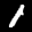
Label: 1